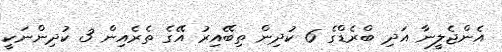
އެންޖެލީނާ އަދި ބްރެޑްގެ 6 ކުދިން ތިބޭއިރު އޭގެ ތެރެއިން 3 ކުދިންނަކީ